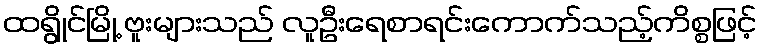
ထရွိုင်မြို့ ဗူးများသည် လူဦးရေစာရင်းကောက်သည့်ကိစ္စဖြင့်